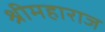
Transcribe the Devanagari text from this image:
श्रीमहाराज